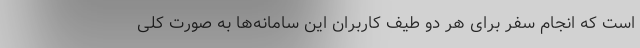
است که انجام سفر برای هر دو طیف کاربران این سامانه‌ها به صورت کلی